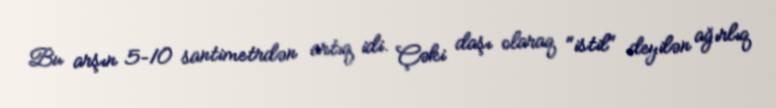
Bu arşın 5–10 santimetrdən artıq idi. Çəki daşı olaraq "istil" deyilən ağırlıq